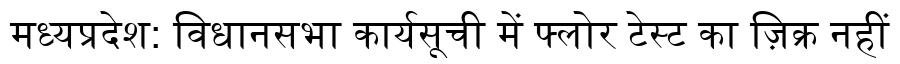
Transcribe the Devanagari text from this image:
मध्यप्रदेश: विधानसभा कार्यसूची में फ्लोर टेस्ट का ज़िक्र नहीं